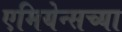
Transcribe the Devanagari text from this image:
एमियेन्सच्या